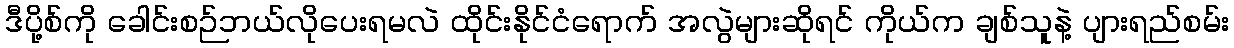
ဒီပို့စ်ကို ခေါင်းစဉ်ဘယ်လိုပေးရမလဲ ထိုင်းနိုင်ငံရောက် အလွဲများဆိုရင် ကိုယ်က ချစ်သူနဲ့ ပျားရည်စမ်း